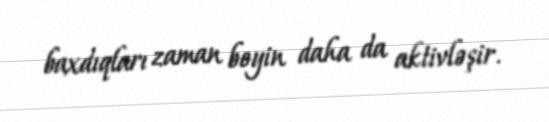
baxdıqları zaman beyin daha da aktivləşir.